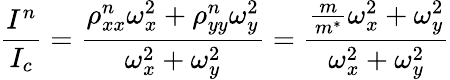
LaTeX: \frac{I^{n}}{I_{c}}=\frac{\rho_{xx}^{n}\omega_{x}^{2}+\rho_{yy}^{n}\omega_{y}^{2}}{\omega_{x}^{2}+\omega_{y}^{2}}=\frac{\frac{m}{m^{*}}\omega_{x}^{2}+\omega_{y}^{2}}{\omega_{x}^{2}+\omega_{y}^{2}}